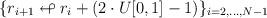
LaTeX: \begin{align*}\lbrace r_{i+1} \looparrowleft r_i +(2 \cdot U[0,1]-1) \rbrace_{i=2, \ldots ,N-1}\end{align*}